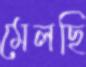
মেলছি